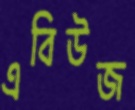
এবিউজ